system: You are a helpful assistant.
user:
Analyze the provided spectrum to determine if it is a **"Cataclysmic Variables (CV)"**.

- **Key Indicators for CV (Check for either state):**
    - **State 1: Quiescent / Low-State (Emission-Dominated)**
        - **(Primary):** Strong and *very broad* Hydrogen Balmer emission lines (e.g., $H\alpha$ at 6563 Å, $H\beta$ at 4861 Å). The 'broadness' (high velocity dispersion, often FWHM > 1000 km/s) is the key diagnostic, indicating a high-velocity accretion disk.
        - **(Secondary):** Broad neutral Helium (He I) emission lines (e.g., 5876 Å, 6678 Å).
        - **(Key Confirmation):** Presence of high-excitation *ionized* Helium (He II) emission at 4686 Å. This is a strong indicator of accretion onto a white dwarf.
        - **(Line Profile):** Emission lines may exhibit a 'double-peaked' profile, which is a classic signature of a rotating accretion disk viewed at high inclination.

    - **State 2: Outburst / High-State (Absorption-Dominated)**
        - **(Primary):** Spectrum is dominated by a bright, blue continuum (looks like a hot star).
        - **(Secondary):** The emission lines from State 1 are weak, absent, or 'filled in', and are replaced by broad, shallow *absorption* lines (primarily Balmer and He I).
        - **(Morphology):** The overall spectrum mimics a hot B/A-type star. The crucial difference is that the absorption lines are significantly broader, shallower, and more 'washed-out' (or 'smeared') than the sharp lines of a normal stellar photosphere, due to high rotational speeds and pressure broadening in the disk.

Think first, call **spectral_visualization_tool** if needed to examine features in detail, then provide your final answer. Your response must adhere to the following strict rules:
1.  **Overall Structure:** Your response must follow the format `<think>...</think> <tool_call>...</tool_call> (if a tool is used) <answer>...</answer>`.
2.  **Tool Usage Constraint:** You may only make **one** tool call per turn.
3.  **Final Answer Format:** In the `<answer>` tag, your conclusion must be inside a `\boxed{}` command (e.g., `\boxed{YES}`), followed by your justification.

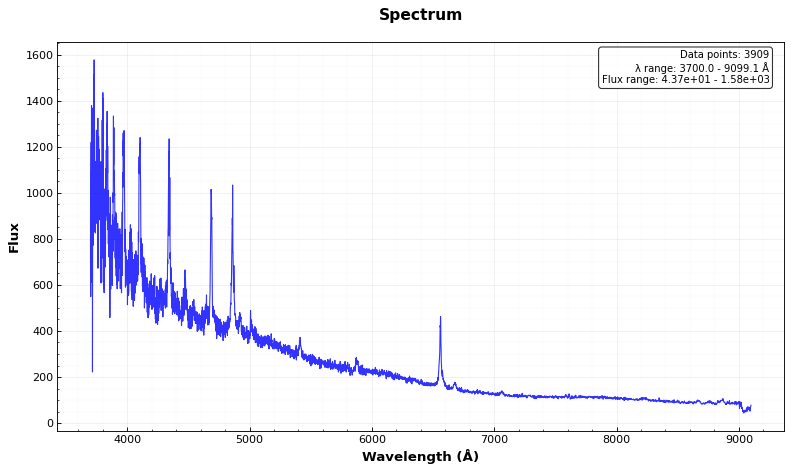
Answer: YES